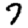
Digit: 7